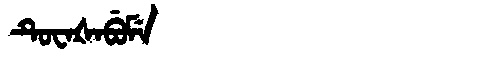
Manchu: ᡨᡠᠸᠠᡧᠠᠪᡠᠮᡝ
Romanization: TUWAŠABUME